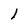
Character: l